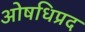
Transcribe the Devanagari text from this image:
ओषधिप्रद